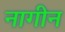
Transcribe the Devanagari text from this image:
नागीन